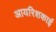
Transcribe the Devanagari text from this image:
आयरिशकाई